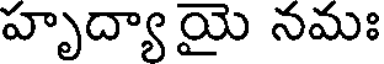
హృద్యా యై నమః